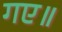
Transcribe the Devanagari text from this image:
गए॥